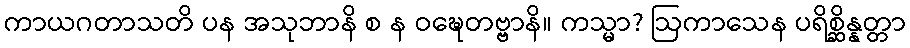
ကာယဂတာသတိ ပန အသုဘာနိ စ န ဝဍ္ဎေတဗ္ဗာနိ။ ကသ္မာ? ဩကာသေန ပရိစ္ဆိန္နတ္တာ